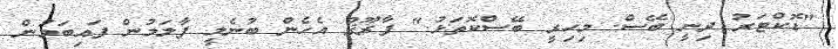
"ޑޮކްޓަރު ދިނީ ބޭސް. މިހިރީ ބޭސްކޮތަޅު." ފާރޫޤު އެހެން ބުނެލީ ފާލަމުން ފައިބަމުން